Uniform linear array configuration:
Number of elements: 24
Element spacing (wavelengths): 0.5
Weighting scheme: kaiser
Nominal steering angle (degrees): -60
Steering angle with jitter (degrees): -60.391
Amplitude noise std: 0.05
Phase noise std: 0.05

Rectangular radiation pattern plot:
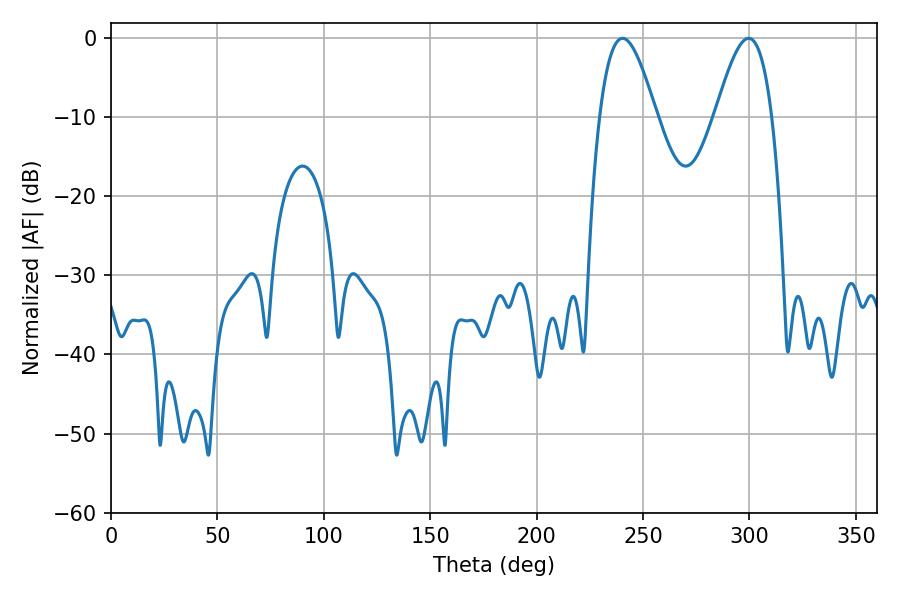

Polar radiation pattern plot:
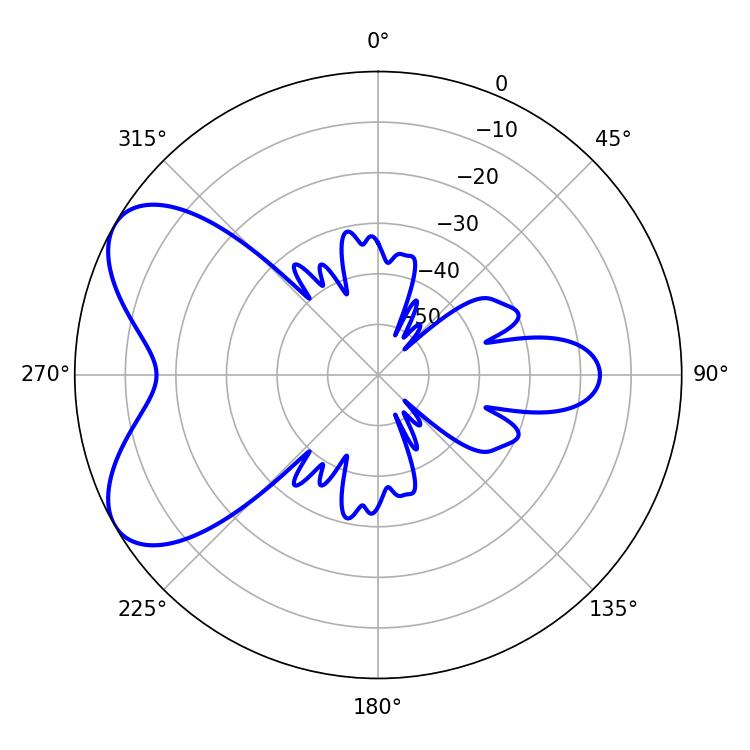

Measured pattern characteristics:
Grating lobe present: FALSE
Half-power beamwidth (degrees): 14.4
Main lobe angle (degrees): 240.3